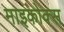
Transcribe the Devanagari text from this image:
माइकोक्स